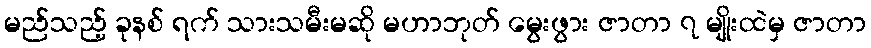
မည်သည့် ခုနစ် ရက် သားသမီးမဆို မဟာဘုတ် မွေးဖွား ဇာတာ ၇ မျိုးထဲမှ ဇာတာ